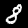
Label: 8